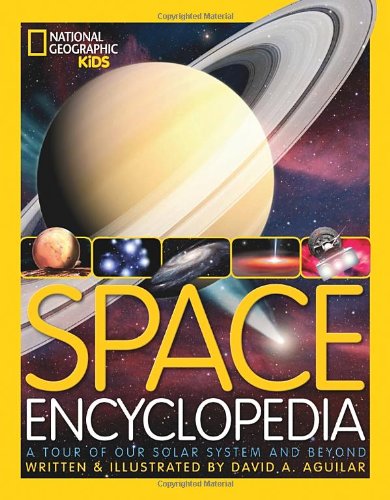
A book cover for Space Encyclopedia: A Tour of Our Solar System and Beyond (National Geographic Kids); David A. Aguilar; Children's Books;